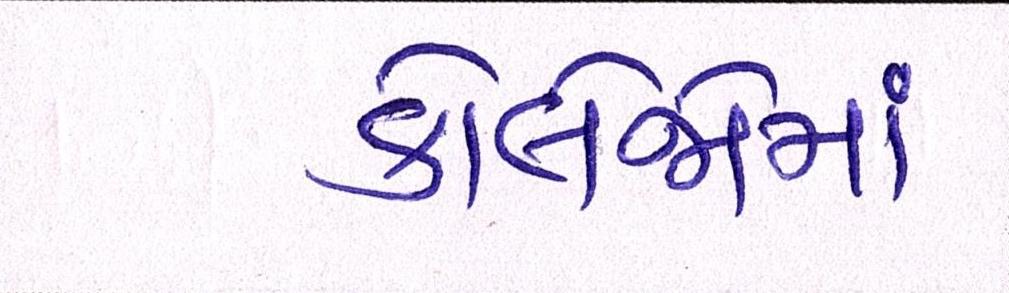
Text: કોલેજોમાં